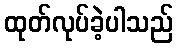
ထုတ်လုပ်ခဲ့ပါသည်